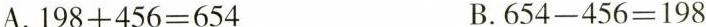
A.$$1 9 8 + 4 5 6 = 6 5 4$$ B.$$6 5 4 - 4 5 6 = 1 9 8$$